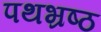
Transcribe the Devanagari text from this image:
पथभ्रष्ठ